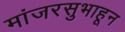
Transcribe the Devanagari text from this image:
मांजरसुभाहून